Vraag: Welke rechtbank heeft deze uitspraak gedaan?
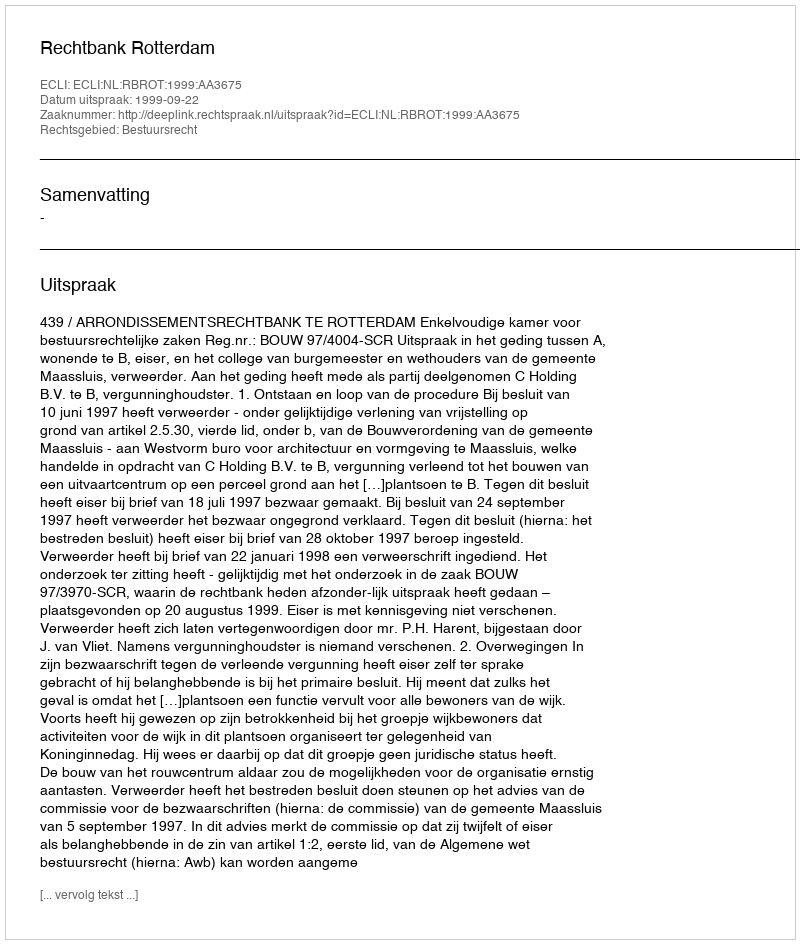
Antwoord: Rechtbank Rotterdam